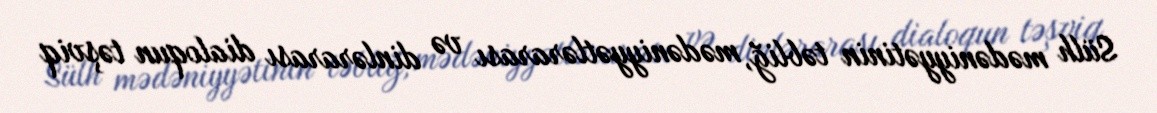
Sülh mədəniyyətinin təbliğ, mədəniyyətlərarası və dinlərarası dialoqun təşviq